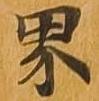
界